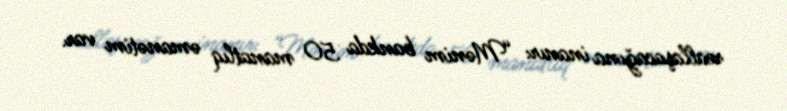
reallaşacağına inanır: “Mənim bankda 50 manatlıq əmanətim var.